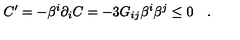
C ^ { \prime } = - \beta ^ { i } \partial _ { i } C = - 3 G _ { i j } \beta ^ { i } \beta ^ { j } \leq 0 \quad .